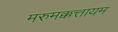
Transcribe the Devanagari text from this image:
मरुमक्कत्तायम